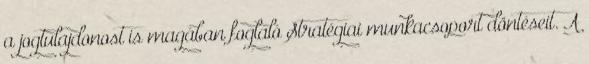
a jogtulajdonost is magában foglaló Stratégiai munkacsoport döntéseit. A